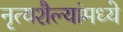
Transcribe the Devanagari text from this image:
नृत्यशैल्यांमध्ये